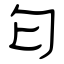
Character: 匂